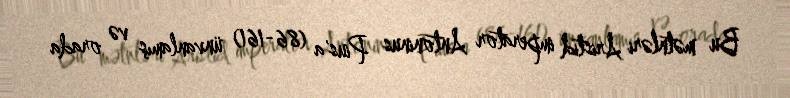
Bu mətnləri Aristid imperator Antoninus Pius'a (86-161) ünvanlamış və orada